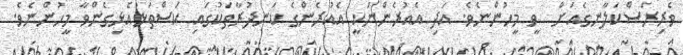
ވެރިރަސްކަލާނގެއަށް  ވީ މީހުންނެވެ. އަދި އެއުރެންނަކީ އެއުރެންގެ ކަނދުރާތަކުގައި ކަސްތަޅުއެޅިގެންވާ މީހުންނެވެ.